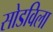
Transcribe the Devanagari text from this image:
सोडविला